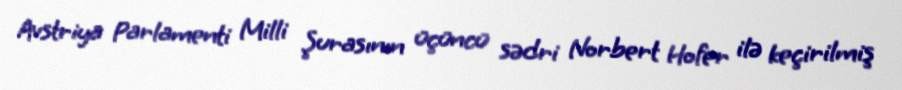
Avstriya Parlamenti Milli Şurasının üçüncü sədri Norbert Hofer ilə keçirilmiş